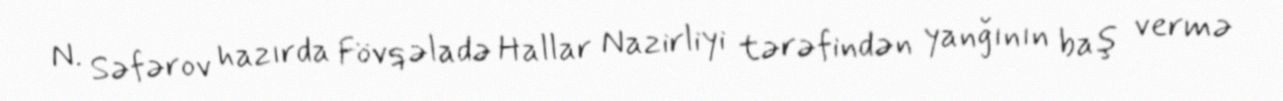
N. Səfərov hazırda Fövqəladə Hallar Nazirliyi tərəfindən yanğının baş vermə